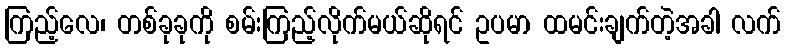
ကြည့်လေ၊ တစ်ခုခုကို စမ်းကြည့်လိုက်မယ်ဆိုရင် ဥပမာ ထမင်းချက်တဲ့အခါ လက်